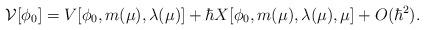
LaTeX: \begin{align*}{\cal V}[\phi_0] = V[\phi_0,m(\mu),\lambda(\mu)] + \hbar X[\phi_0,m(\mu),\lambda(\mu),\mu] +O(\hbar^2).\end{align*}